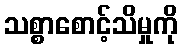
သစ္စာစောင့်သိမှုကို